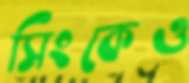
সিংকেও